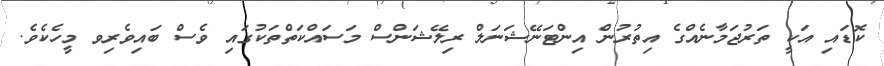
ކޮޑައި އަކީ ތަރުޖަމާނެއްގެ އިތުރުން އިންޓަނޭޝަނަލް ރިލޭޝަންސް މަސައްކަތްތަކުގައި ވެސް ބައިިވެރިވ މީހެކެވެ.